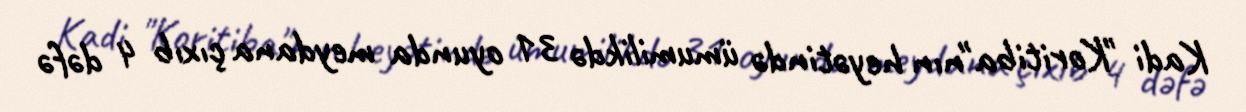
Kadi "Koritiba"nın heyətində ümumilikdə 31 oyunda meydana çıxıb 4 dəfə